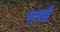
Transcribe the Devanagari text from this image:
साखों